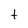
Character: t